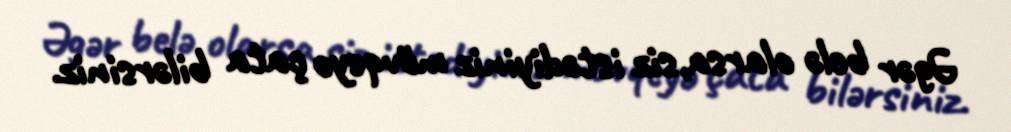
Əgər belə olarsa,siz istədiyiniz mövqeyə çata bilərsiniz.